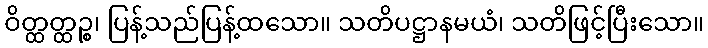
ဝိတ္ထတ္ထဉ္စ၊ ပြန့်သည်ပြန့်ထသော။ သတိပဋ္ဌာနမယံ၊ သတိဖြင့်ပြီးသော။